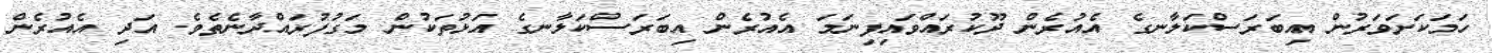
ހަމަކަށަވަރުން އިބަރަސްކަލާނގެ އެއުރެން ދޫކުރައްވައިފިނަމަ އެއުރެން އިބަރަސްކަލާނގެ އަޅުތަކުން މަގުފުރައްދާނެތެވެ. އަދި އެއުރެން